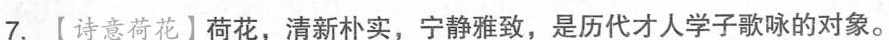
7.【诗意荷花】荷花，清新朴实，宁静雅致，是历代才人学子歌咏的对象。